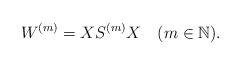
LaTeX: \begin{align*}W^{(m)} = X S^{(m)} X \ \ \ (m \in {\mathbb N}). \end{align*}